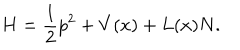
H = \frac 1 2 p ^ { 2 } + V ( x ) + L ( x ) N .